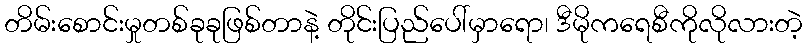
တိမ်းစောင်းမှုတစ်ခုခုဖြစ်တာနဲ့ တိုင်းပြည်ပေါ်မှာရော၊ ဒီမိုကရေစီကိုလိုလားတဲ့